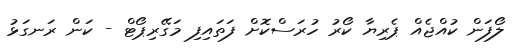
ލޯފަން ކުއްޖެއް ޕެރިޔާ ކޯރު ހުރަސްކޮށް ފަތައިފި މަގޭރިޕޯޓް - ކަން ރަނގަޅު